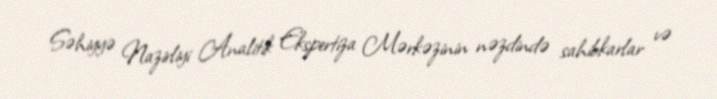
Səhiyyə Nazirliyi Analitik Ekspertiza Mərkəzinin nəzdində sahibkarlar və